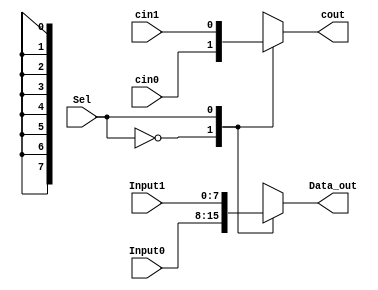
`timescale 1ns / 1ps

module Mux_2_In_1 #(parameter BITS = 8) (Input0, cin0, Input1, cin1, Sel, Data_out, cout);
   // constant declaration
   parameter S0 = 1'b0;
   parameter S1 = 1'b1; 
   //inputs
   input [BITS-1:0] Input0;
   input [BITS-1:0] Input1;
   input cin0;
   input cin1;
   input Sel;
   //outputs
   output reg [BITS-1:0] Data_out;
   output reg cout;
   always @ (Sel or Input0 or Input1)
   begin
      case(Sel)
         S0: begin
            Data_out <= Input0;
	    cout <= cin0;
         end
         S1: begin
            Data_out <= Input1;
	    cout <= cin1;
	 end
      endcase
   end
endmodule